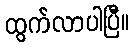
ထွက်လာပါပြီ။